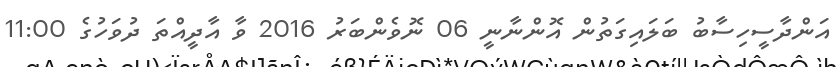
އަންދާސީހިސާބު ބަލައިގަތުން އޮންނާނީ 06 ނޮވެންބަރު 2016 ވާ އާދީއްތަ ދުވަހުގެ 11:00